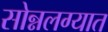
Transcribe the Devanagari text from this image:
सोन्नलग्यात